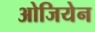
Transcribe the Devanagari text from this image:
ओजियेन